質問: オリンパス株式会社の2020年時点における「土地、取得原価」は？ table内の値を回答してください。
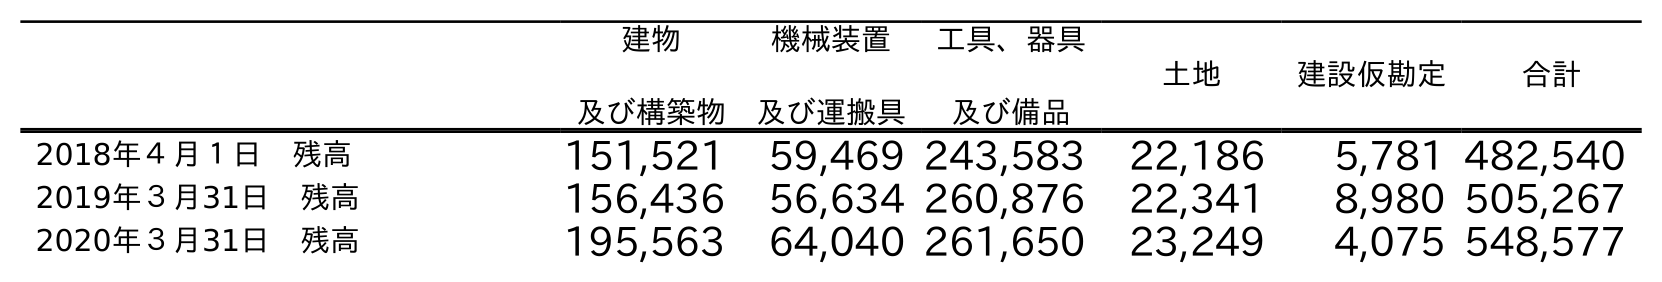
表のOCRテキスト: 建物 及び構築物 機械装置 及び運搬具 工具、器具 及び備品 土地 建設仮勘定 合計 2018年４月１日 残高 151,521 59,469 243,583 22,186 5,781 482,540 2019年３月31日 残高 156,436 56,634 260,876 22,341 8,980 505,267 2020年３月31日 残高 195,563 64,040 261,650 23,249 4,075 548,577
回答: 23,249